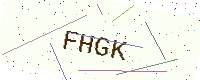
Text: FHGK